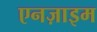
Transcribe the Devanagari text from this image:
एनज़ाइम